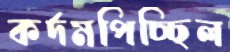
কর্দমপিচ্ছিল